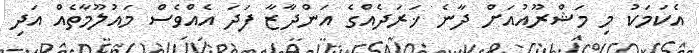
އެކަމަކު މި މަޝްރޫއުއަށް ދާނެ ޚަރަދެއްގެ އަންދާޒާ ފަދަ އެއްވެސް މައުލޫމާތެއް އަދި